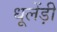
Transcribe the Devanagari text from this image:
धूलेंड़ी